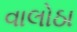
વાલોઠા